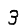
Digit: 3